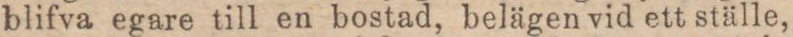
blifva egare till en bostad, belägen vid ett ställe,